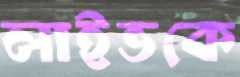
লাইভকে